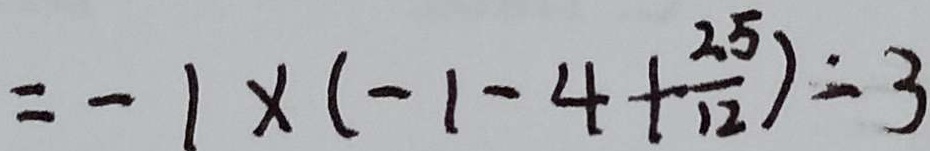
= - 1 \times ( - 1 - 4 + \frac { 2 5 } { 1 2 } ) = 3